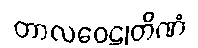
တာလဝေဠုတိဏံ